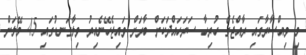
މި ވިއްސާރާގައި ރާއްޖެގެ ހުރިހާ ސަރަހައްދަކަށް ބާރަށް ވައިޖެހޭނެއިރު ވިލާގަނޑުގައި 45 މޭލަށް